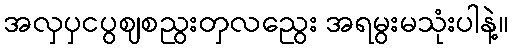
အလှပှငပွဈစညွးတှလညွေး အရမွးမသုံးပါနဲ့။